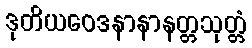
ဒုတိယဝေဒနာနာနတ္တသုတ္တံ